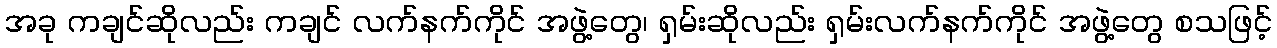
အခု ကချင်ဆိုလည်း ကချင် လက်နက်ကိုင် အဖွဲ့တွေ၊ ရှမ်းဆိုလည်း ရှမ်းလက်နက်ကိုင် အဖွဲ့တွေ စသဖြင့်